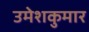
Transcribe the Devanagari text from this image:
उमेशकुमार